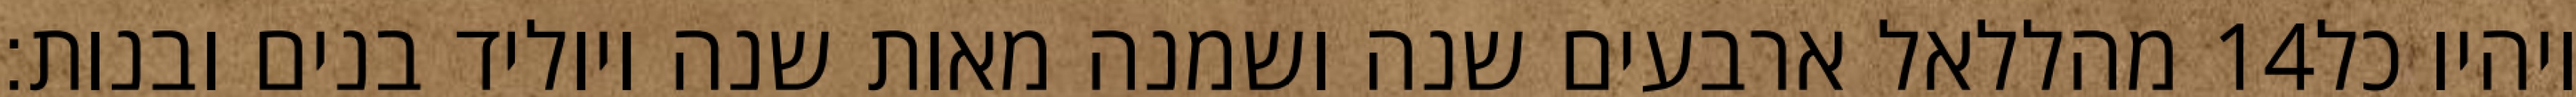
מהללאל ארבעים שנה ושמנה מאות שנה ויוליד בנים ובנות׃ ‎14‏ ויהיו כל